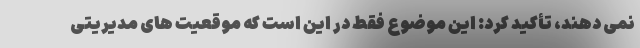
نمی دهند، تأکید کرد: این موضوع فقط در این است که موقعیت های مدیریتی